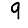
Digit: 9